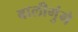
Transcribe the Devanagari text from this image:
बालीगुंगे